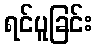
ရင်ပူခြင်း